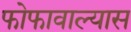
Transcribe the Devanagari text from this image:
फोफावाल्यास